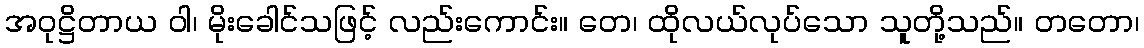
အဝုဋ္ဌိတာယ ဝါ၊ မိုးခေါင်သဖြင့် လည်းကောင်း။ တေ၊ ထိုလယ်လုပ်သော သူတို့သည်။ တတော၊